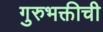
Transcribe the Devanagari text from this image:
गुरुभक्तीची